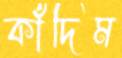
কাঁদিম